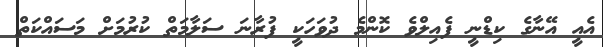
އެއީ އޭނާގެ ކިޑްނީ ފެއިލްވެ ކޮންމެ ދުވަހަކީ ފުރާނަ ސަލާމަތް ކުރުމަށް މަސައްކަތް